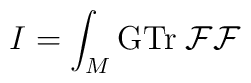
I = \int_{M} {\rm GTr} \; {\cal FF}